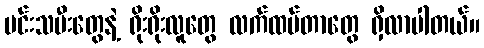
မင်းသမီးတွေနဲ့ ရိုးရိုးလူတွေ လက်ထပ်တာတွေ ရှိလာပါတယ်။